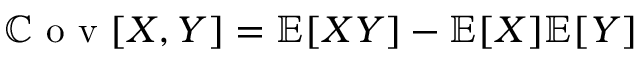
\mathbb { C } \textrm { o v } [ X , Y ] = \mathbb { E } [ X Y ] - \mathbb { E } [ X ] \mathbb { E } [ Y ]